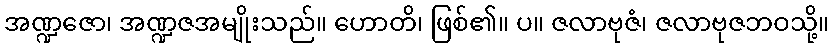
အဏ္ဍဇော၊ အဏ္ဍဇအမျိုးသည်။ ဟောတိ၊ ဖြစ်၏။ ပ။ ဇလာဗုဇံ၊ ဇလာဗုဇဘဝသို့။